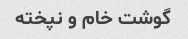
گوشت خام و نپخته